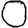
Digit: 0